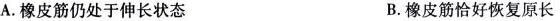
A.橡皮筋仍处于伸长状态 B.橡皮筋恰好恢复原长